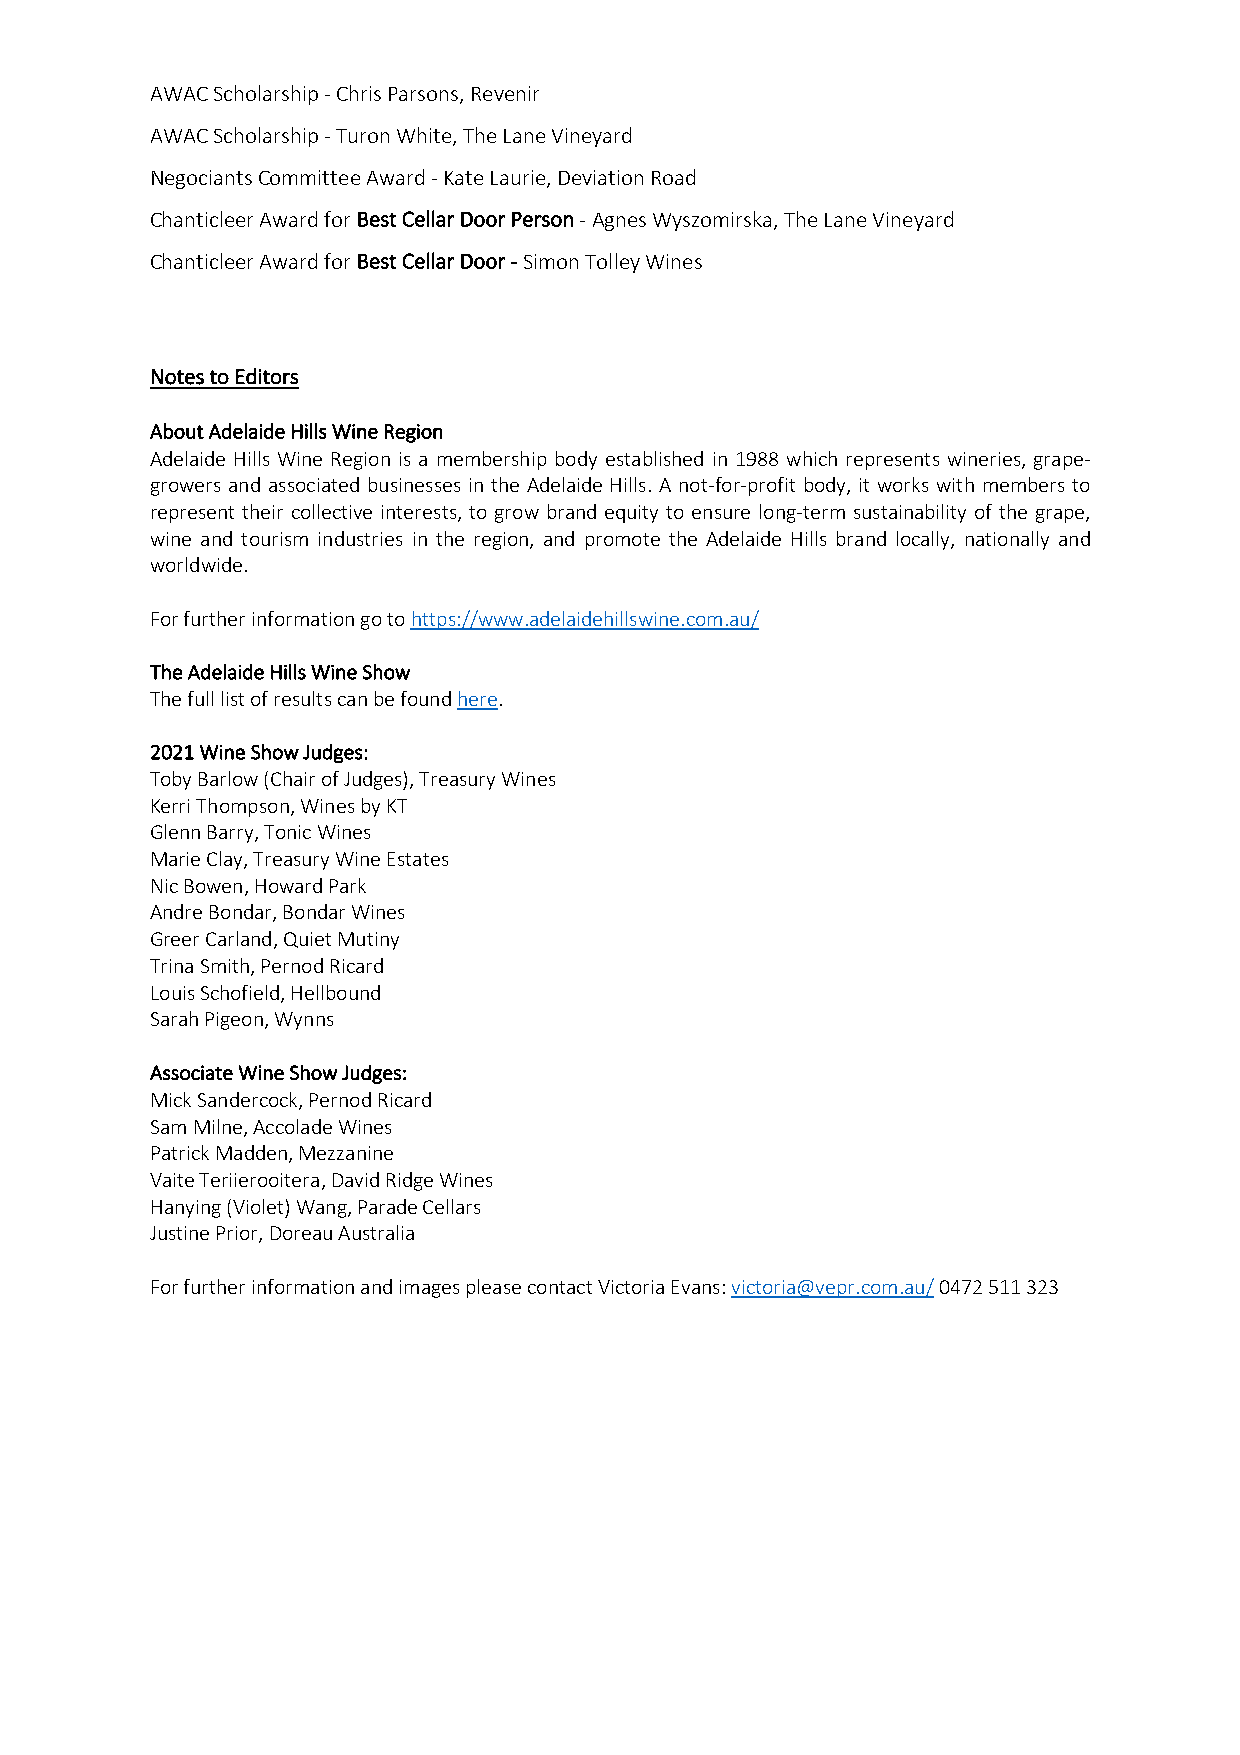
AWAC Scholarship - Chris Parsons, Revenir
 AWAC Scholarship - Turon White, The Lane Vineyard
 Negociants Committee Award - Kate Laurie, Deviation Road
 Chanticleer Award for Best Cellar Door Person - Agnes Wyszomirska, The Lane Vineyard
 Chanticleer Award for Best Cellar Door - Simon Tolley Wines
 Notes to Editors
 About Adelaide Hills Wine Region
 Adelaide Hills Wine Region is a membership body established in 1988 which represents wineries, grape-
 growers and associated businesses in the Adelaide Hills. A not-for-profit body, it works with members to
 represent their collective interests, to grow brand equity to ensure long-term sustainability of the grape,
 wine and tourism industries in the region, and promote the Adelaide Hills brand locally, nationally and
 worldwide.
 For further information go to https://www.adelaidehillswine.com.au/
 The Adelaide Hills Wine Show
 The full list of results can be found here.
 2021 Wine Show Judges:
 Toby Barlow (Chair of Judges), Treasury Wines
 Kerri Thompson, Wines by KT
 Glenn Barry, Tonic Wines
 Marie Clay, Treasury Wine Estates
 Nic Bowen, Howard Park
 Andre Bondar, Bondar Wines
 Greer Carland, Quiet Mutiny
 Trina Smith, Pernod Ricard
 Louis Schofield, Hellbound
 Sarah Pigeon, Wynns
 Associate Wine Show Judges:
 Mick Sandercock, Pernod Ricard
 Sam Milne, Accolade Wines
 Patrick Madden, Mezzanine
 Vaite Teriierooitera, David Ridge Wines
 Hanying (Violet) Wang, Parade Cellars
 Justine Prior, Doreau Australia
 For further information and images please contact Victoria Evans: victoria@vepr.com.au/ 0472 511 323